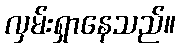
လှမ်းရှာနေသည်။